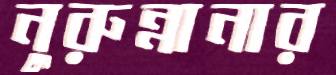
নুরুন্নানার